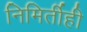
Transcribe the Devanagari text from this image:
निमिर्तीही